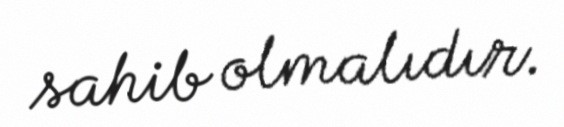
sahib olmalıdır.